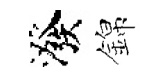
潑錦